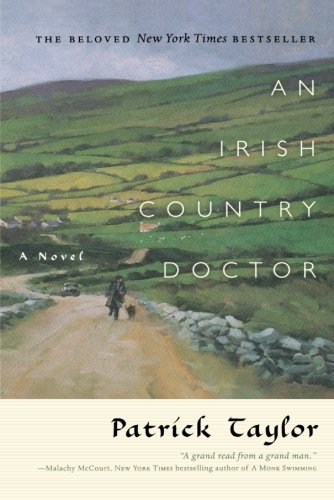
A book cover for An Irish Country Doctor (Irish Country Books); Patrick Taylor; Mystery, Thriller & Suspense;